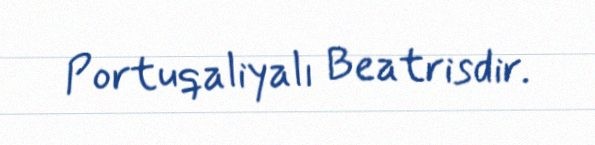
Portuqaliyalı Beatrisdir.